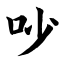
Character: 吵